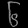
Digit: ၆